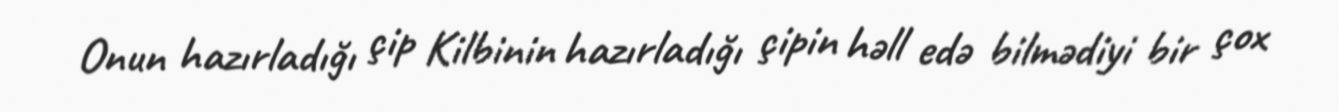
Onun hazırladığı çip Kilbinin hazırladığı çipin həll edə bilmədiyi bir çox